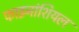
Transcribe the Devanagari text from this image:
फाइनांशियल